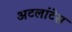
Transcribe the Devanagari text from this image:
अटलांटेस